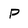
Character: P